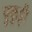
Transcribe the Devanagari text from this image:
पुकुट्टी